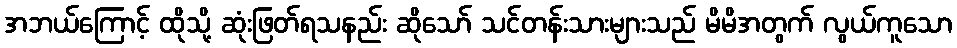
အဘယ်ကြောင့် ထိုသို့ ဆုံးဖြတ်ရသနည်း ဆိုသော် သင်တန်းသားများသည် မိမိအတွက် လွယ်ကူသော